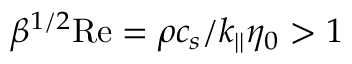
\beta ^ { 1 / 2 } \mathrm { R e } = \rho c _ { s } / k _ { | | } \eta _ { 0 } > 1